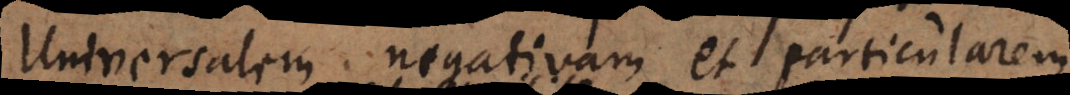
universalem negativam et particularem